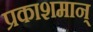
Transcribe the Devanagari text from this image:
प्रकाशमान्